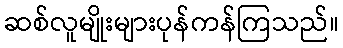
ဆစ်လူမျိုးများပုန်ကန်ကြသည်။